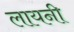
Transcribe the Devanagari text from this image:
लायनी